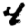
Digit: 4